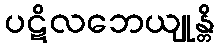
ပဋိလဘေယျုန္တိ